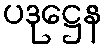
ပဒုဋ္ဌေန